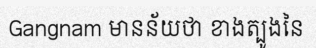
Gangnam មានន័យថា ខាងត្បូងនៃ